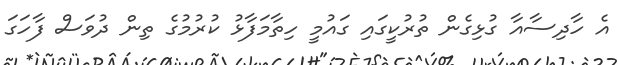
އެ ހާދިސާއާ ގުޅިގެން ތުރުކީގައި ގައުމީ ހިތާމަފާޅު ކުރުމުގެ ތިން ދުވަސް ފާހަގަ